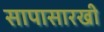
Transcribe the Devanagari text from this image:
सापासारखी